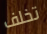
تخلف